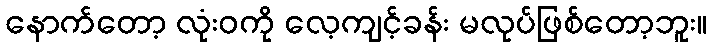
နောက်တော့ လုံးဝကို လေ့ကျင့်ခန်း မလုပ်ဖြစ်တော့ဘူး။